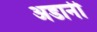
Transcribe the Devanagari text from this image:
अडानी